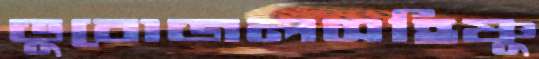
ডুবোজলসহিষ্ণু